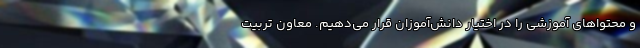
و محتواهای آموزشی را در اختیار دانش‌آموزان قرار می‌دهیم. معاون تربیت